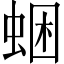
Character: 𧋕